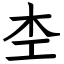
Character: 杢